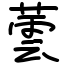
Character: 蕓